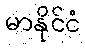
မာနိုင်ငံ